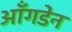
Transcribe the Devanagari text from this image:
ऑंगडेन